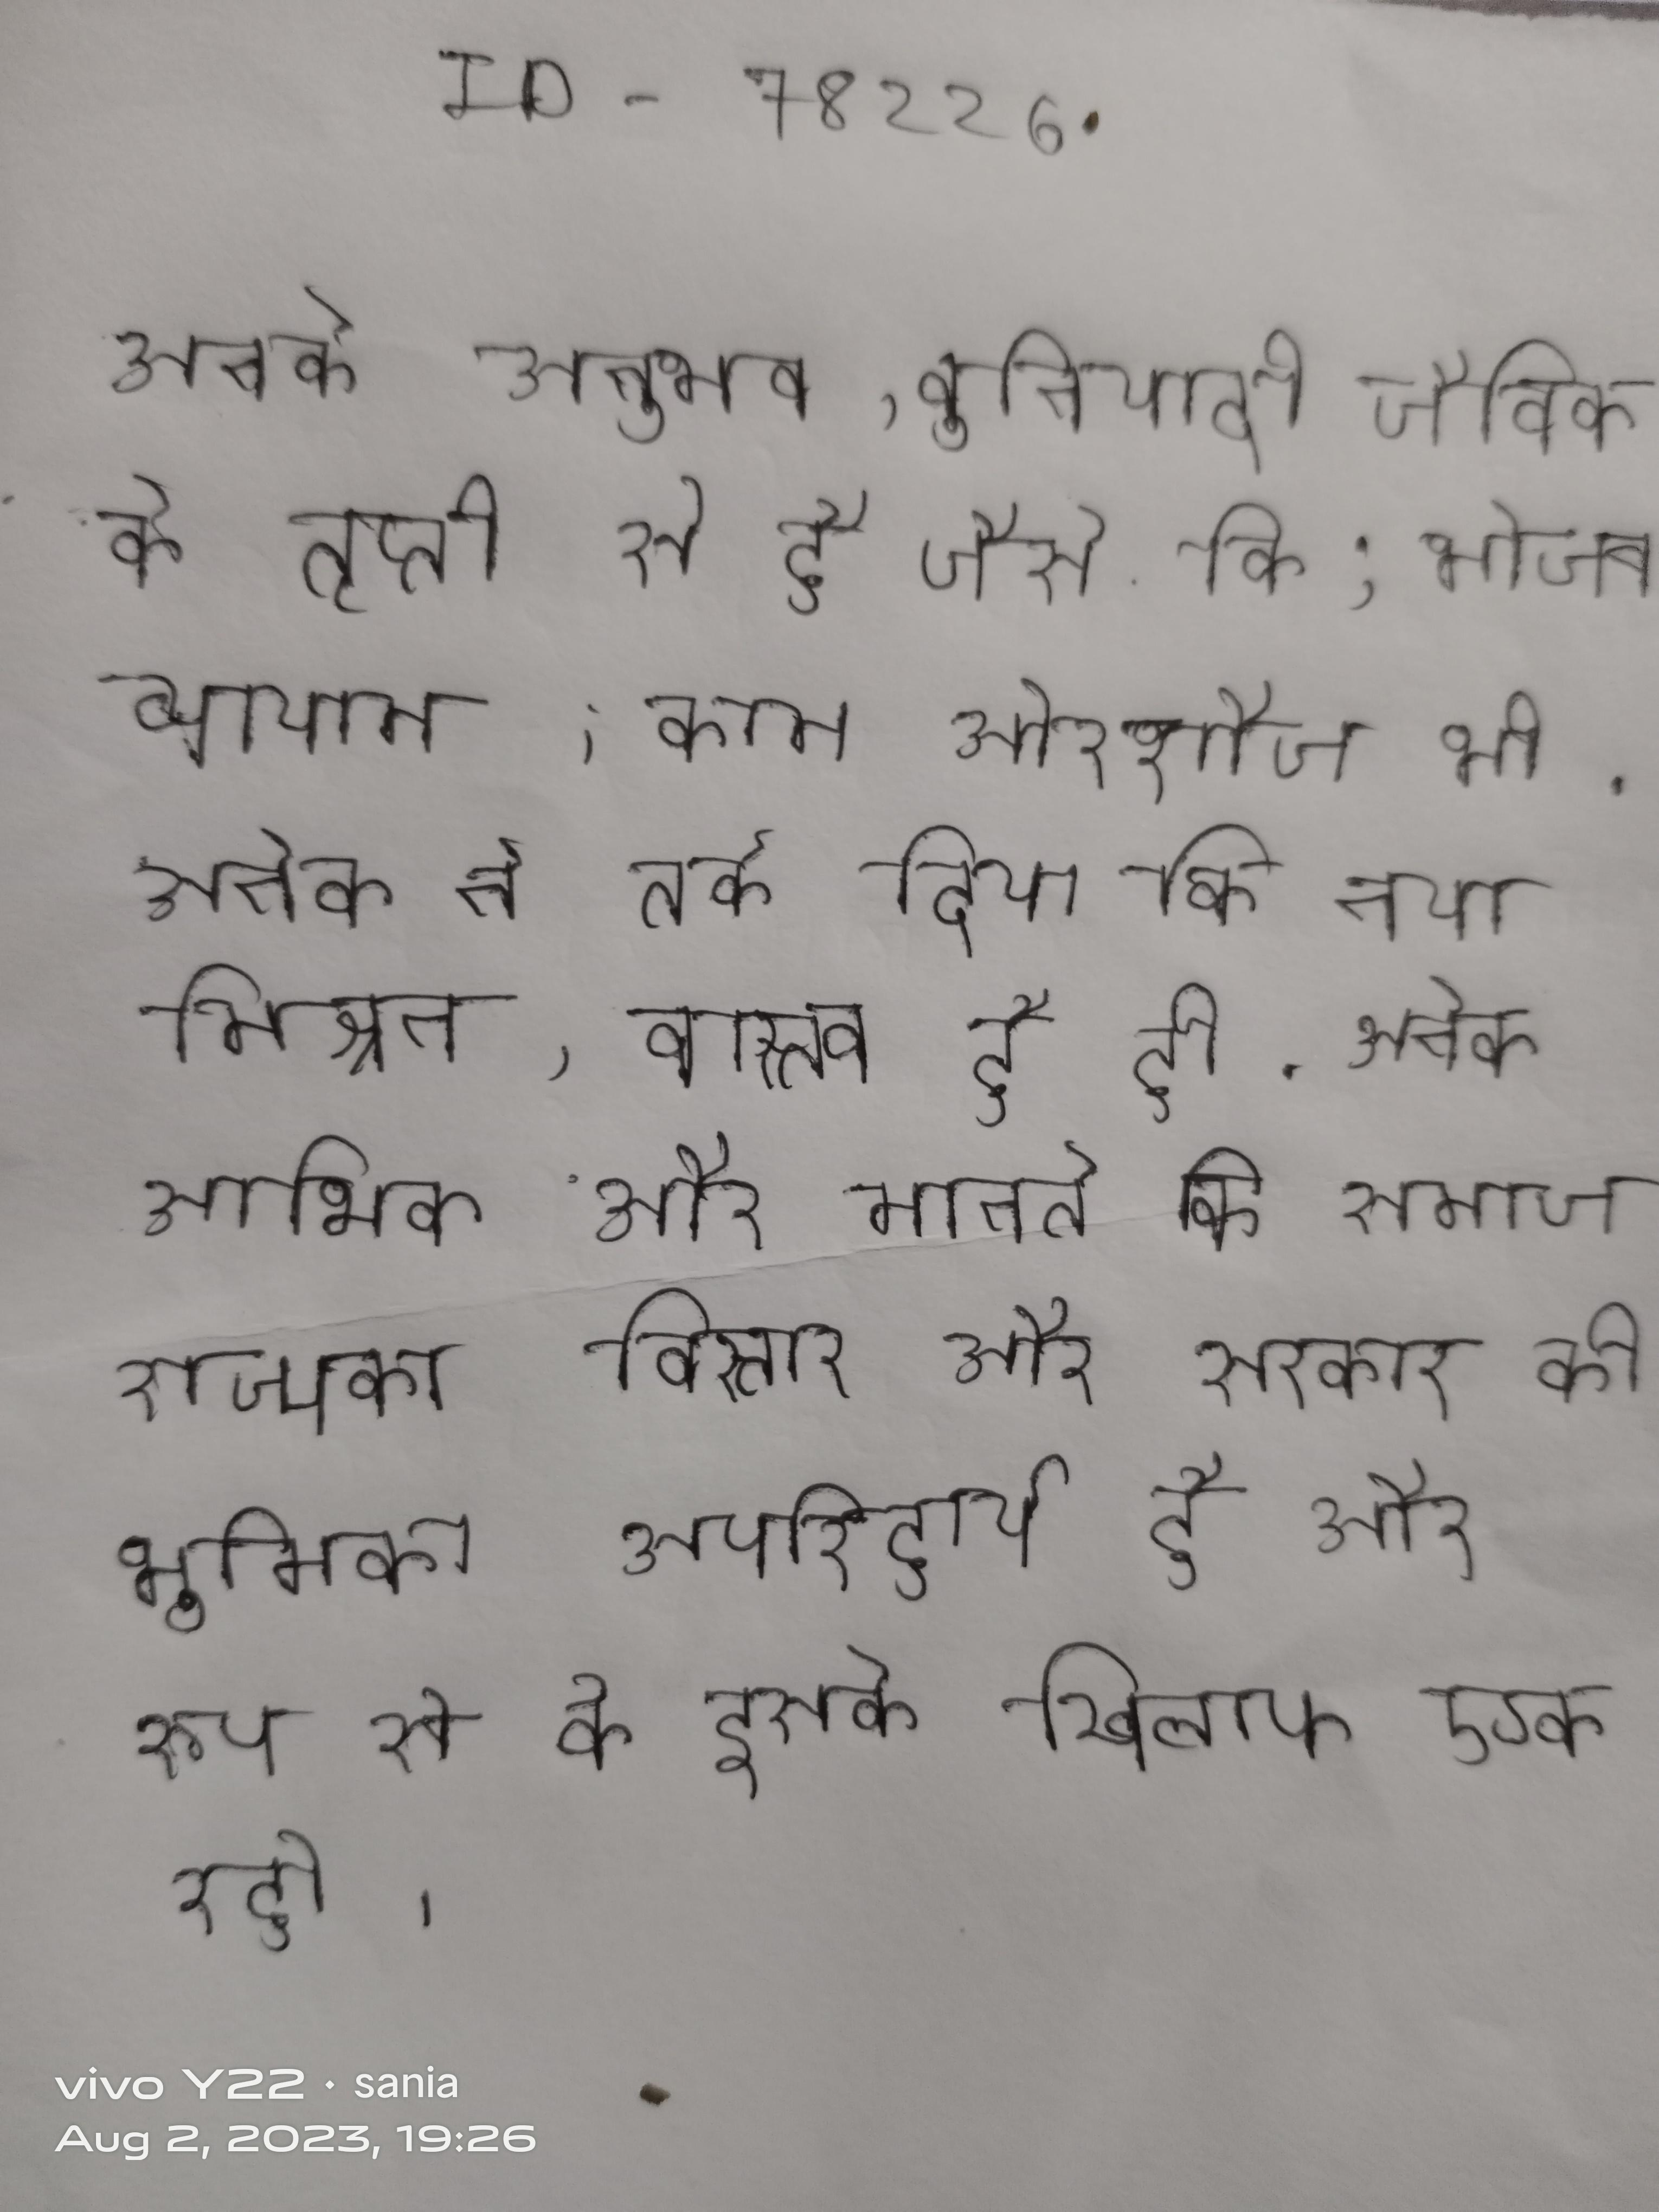
अनेक अनुभव, बुनियादी जैविक के तृप्ती से है जैसे कि;भोजन, व्यायाम, काम औरशौच भी . अनेक ने तर्क दिया कि नया मिश्रण, वास्तव व्हिस्की है ही . अनेक आर्थिक और मानते कि समाज राज्य का विस्तार और सरकार की भूमिका अपरिहार्य है और सर्वश्रेष्ठ रूप से वे इसके खिलाफ एक स्वामित्व अभियान रहे ।